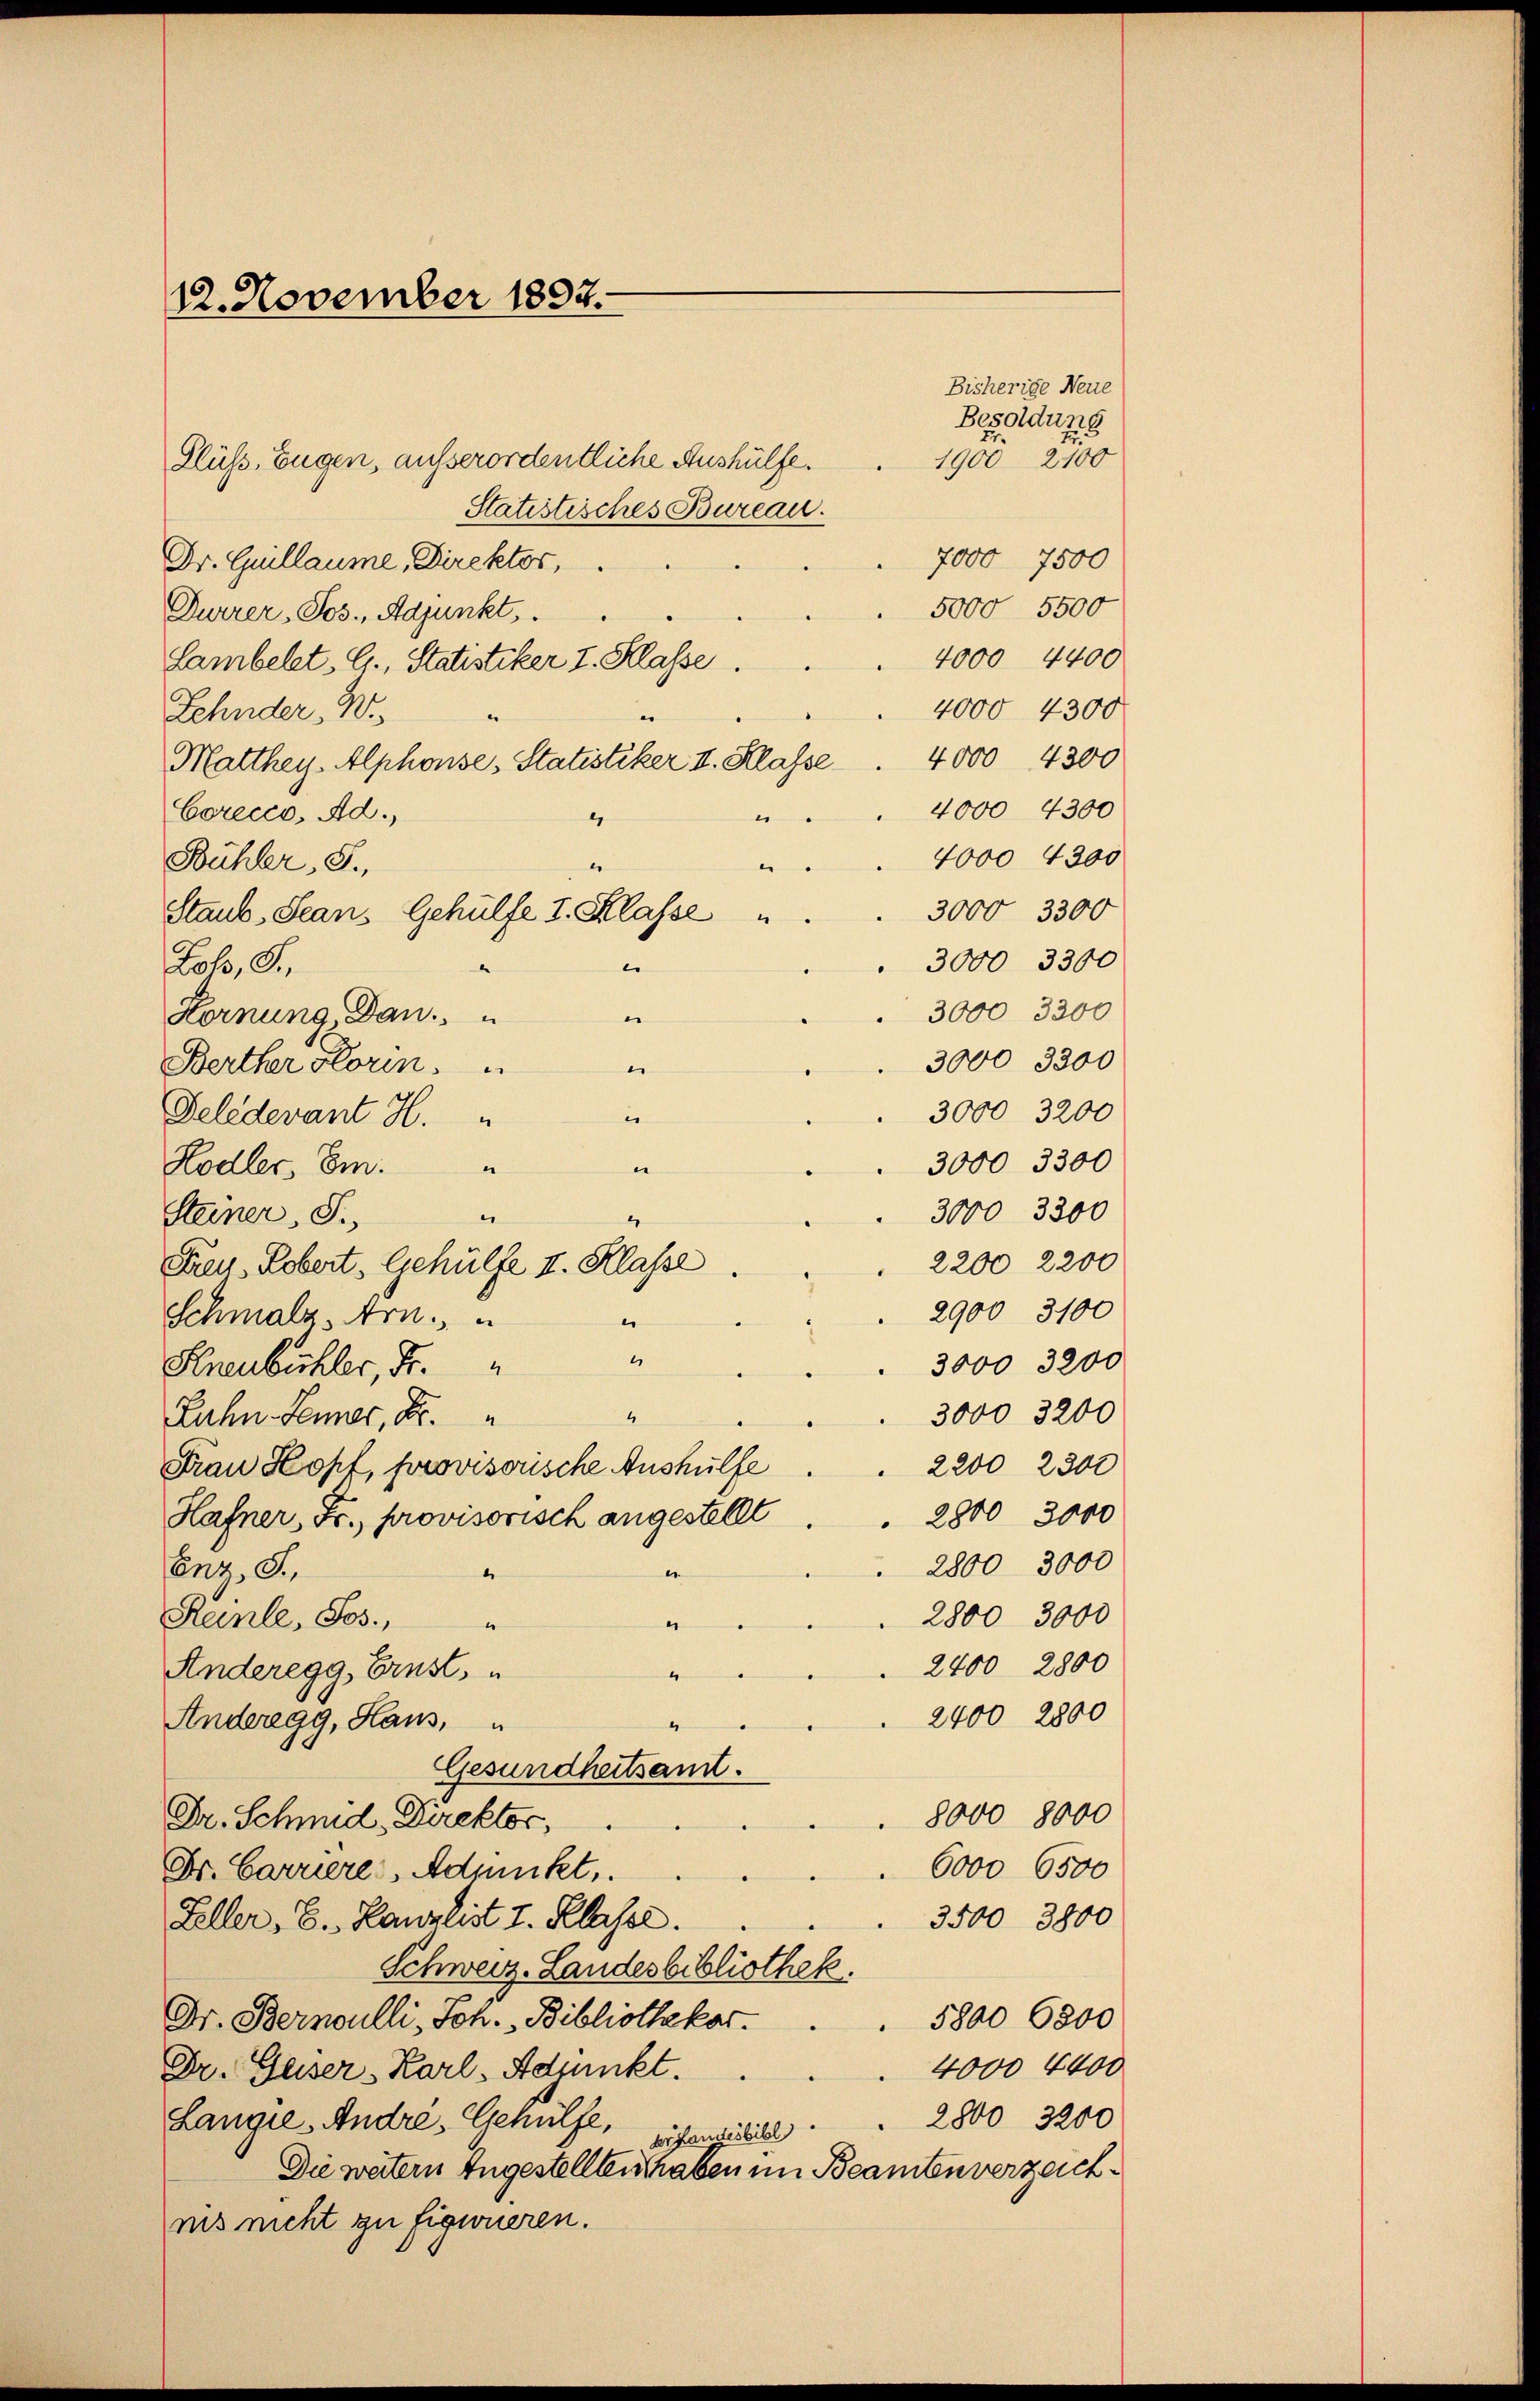
12. November 1897.

e

“

Bisherige Neue
Besoldung
1900 2100

Flüss, Eugen, ausserordentliche Aushülfe.
Statistisches Bureau.
Dr. Guillaume, Direktor,
5000 5500
Durrer, Jos., Adjunkt,
4000 4400
Lambelt, G., Statistiker I. Klasse.
4000 4300
.
Zehnder, W.,
Matthey Alphonses Statistiker II. Klasse . 4000 4300
4000 4300
Corecco, Ad.
u
4000 4300
Bühler, S.
e
3000 3300
Staub, Sean, Gehülfe I. Klasse
.
3000 3300
Lob, J.
3000 3300
Hornung, Dan.
.
3000 3300
Berther Floren.
.
3000 3200
Feledevant H.
.
3000 3300
Hodler, Em.
e
“
3000 3300
Steiner, S.
2200 2200
Frau Robert, Gehülfe I. Klasse
2900 3100
Schmalz, Arn.
e
“
3000 3200
Ehrenbühler, Fr.
3000 3200
“
Zahn-Seiner, Fr.
2200 2300
Frau Kopf, provisorische Aushülfe
2800 3000
Hafner, Fr., provisorisch angestellt
2800 3000
Bez. S.
4
2800 3000
Ranle, Jos.,
e
“
2400 2800
Anderegg, Ernst,
2400 2800
Anderegg, Haus,
Gesundheitsamt.
8000 8000
Dr. Schmid, Direktor,
6000 6500
Dr. Carriere, Adjunkt,
Feller, E., Kanzlist I. Klasse.
3500 3800
Schweiz. Landesbibliothek
Dr. Bernoulli, Joh. Bibliothekar
5800 6800
4000 4400
Dr. Geiser-Karl- Adjunkt.
2800 3200
Langie. Andre, Gehülfe,
br Landesbibl
Die watern Angestellten haben im Beamtenverzeichins nicht zu figwueren.

7000 7500